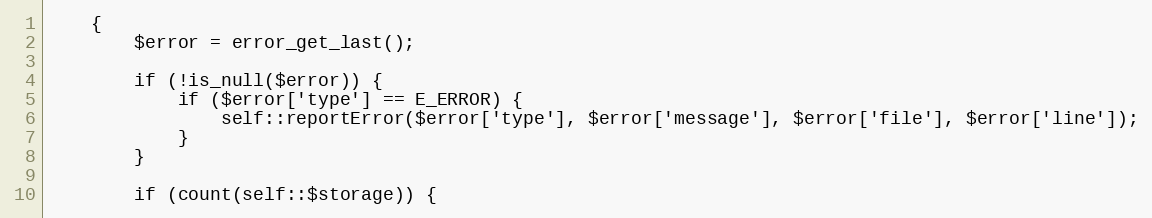
Language: PHP
    {
        $error = error_get_last();

        if (!is_null($error)) {
            if ($error['type'] == E_ERROR) {
                self::reportError($error['type'], $error['message'], $error['file'], $error['line']);
            }
        }

        if (count(self::$storage)) {